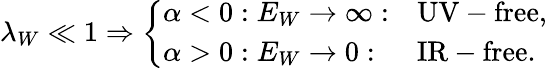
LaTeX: \lambda_{W}\ll 1\Rightarrow\left\{ \begin{array}{lll}{{\alpha<0:E_{W}\rightarrow\infty:}}&{{\mathrm{UV-free,}}}\\ {{\alpha>0:E_{W}\rightarrow 0:}}&{{\mathrm{IR-free.}}}\end{array}\right.